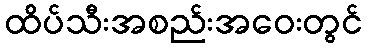
ထိပ်သီးအစည်းအဝေးတွင်